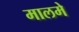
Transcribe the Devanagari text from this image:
मालमे